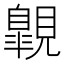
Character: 𧢌